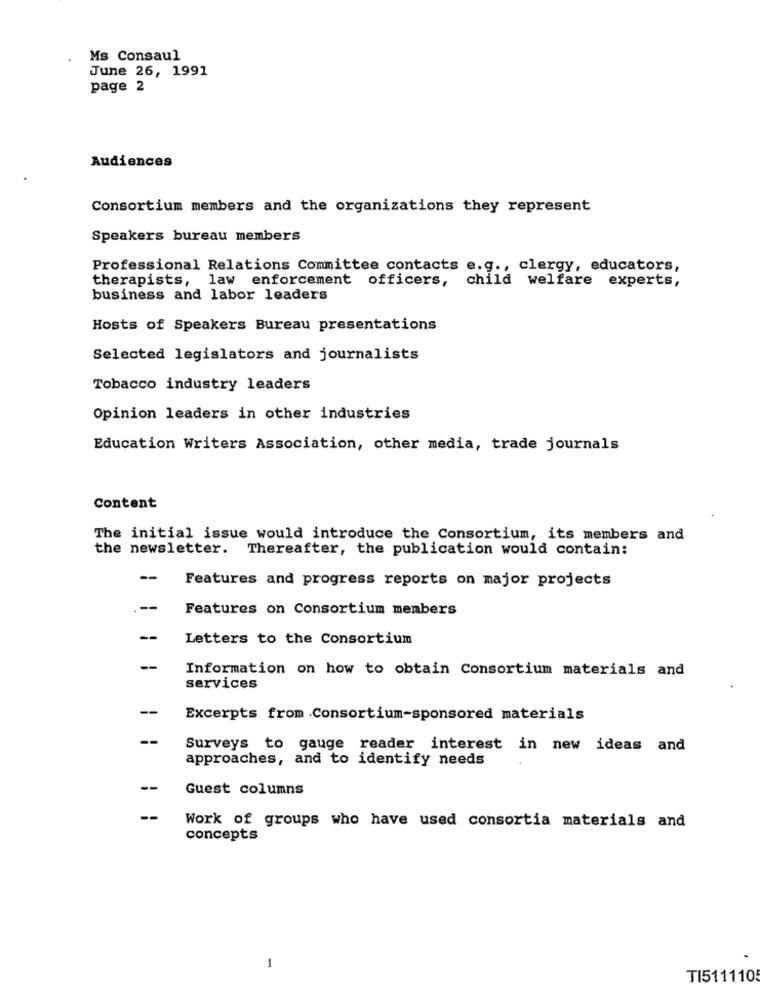
Ms Consaul
June 26, 1991
page 2
Audiences
Consortium members and the organizations they represent
Speakers bureau members
Professional Relations Committee contacts e.g ., clergy, educators,
therapists, law enforcement officers, child welfare experts,
business and labor leaders
Hosts of Speakers Bureau presentations
Selected legislators and journalists
Tobacco industry leaders
Opinion leaders in other industries
Education Writers Association, other media, trade journals
Content
The initial issue would introduce the Consortium, its members and
the newsletter. Thereafter, the publication would contain:
--
Features and progress reports on major projects
--
Features on Consortium members
--
Letters to the Consortium
--
Information on how to obtain Consortium materials and
services
--
Excerpts from .Consortium-sponsored materials
Surveys to gauge reader interest in new ideas and
approaches, and to identify needs
--
Guest columns
Work of groups who have used consortia materials and
concepts
-
TI511110